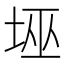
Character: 𱖫